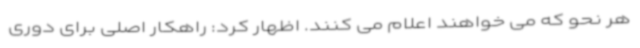
هر نحو که می خواهند اعلام می کنند. اظهار کرد: راهکار اصلی برای دوری